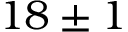
1 8 \pm 1